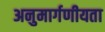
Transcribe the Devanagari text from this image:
अनुमार्गणीयता